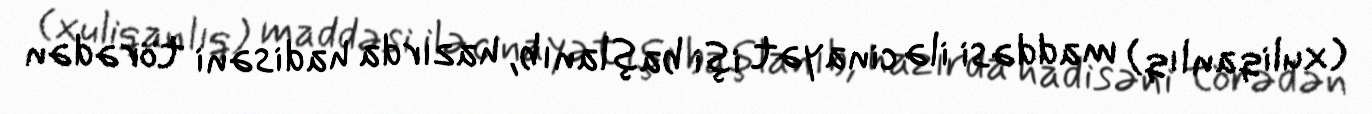
(xuliqanlıq) maddəsi ilə cinayət işi başlanıb, hazırda hadisəni törədən